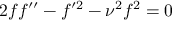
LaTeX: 2 f f ^ { \prime \prime } - f ^ { \prime 2 } - \nu ^ { 2 } f ^ { 2 } = 0